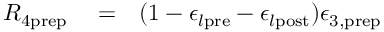
\begin{array} { r l r } { R _ { 4 \mathrm { p r e p } } } & { { } = } & { ( 1 - \epsilon _ { l \mathrm { p r e } } - \epsilon _ { l \mathrm { p o s t } } ) \epsilon _ { 3 , \mathrm { p r e p } } } \end{array}